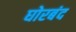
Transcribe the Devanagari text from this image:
घोरबंद